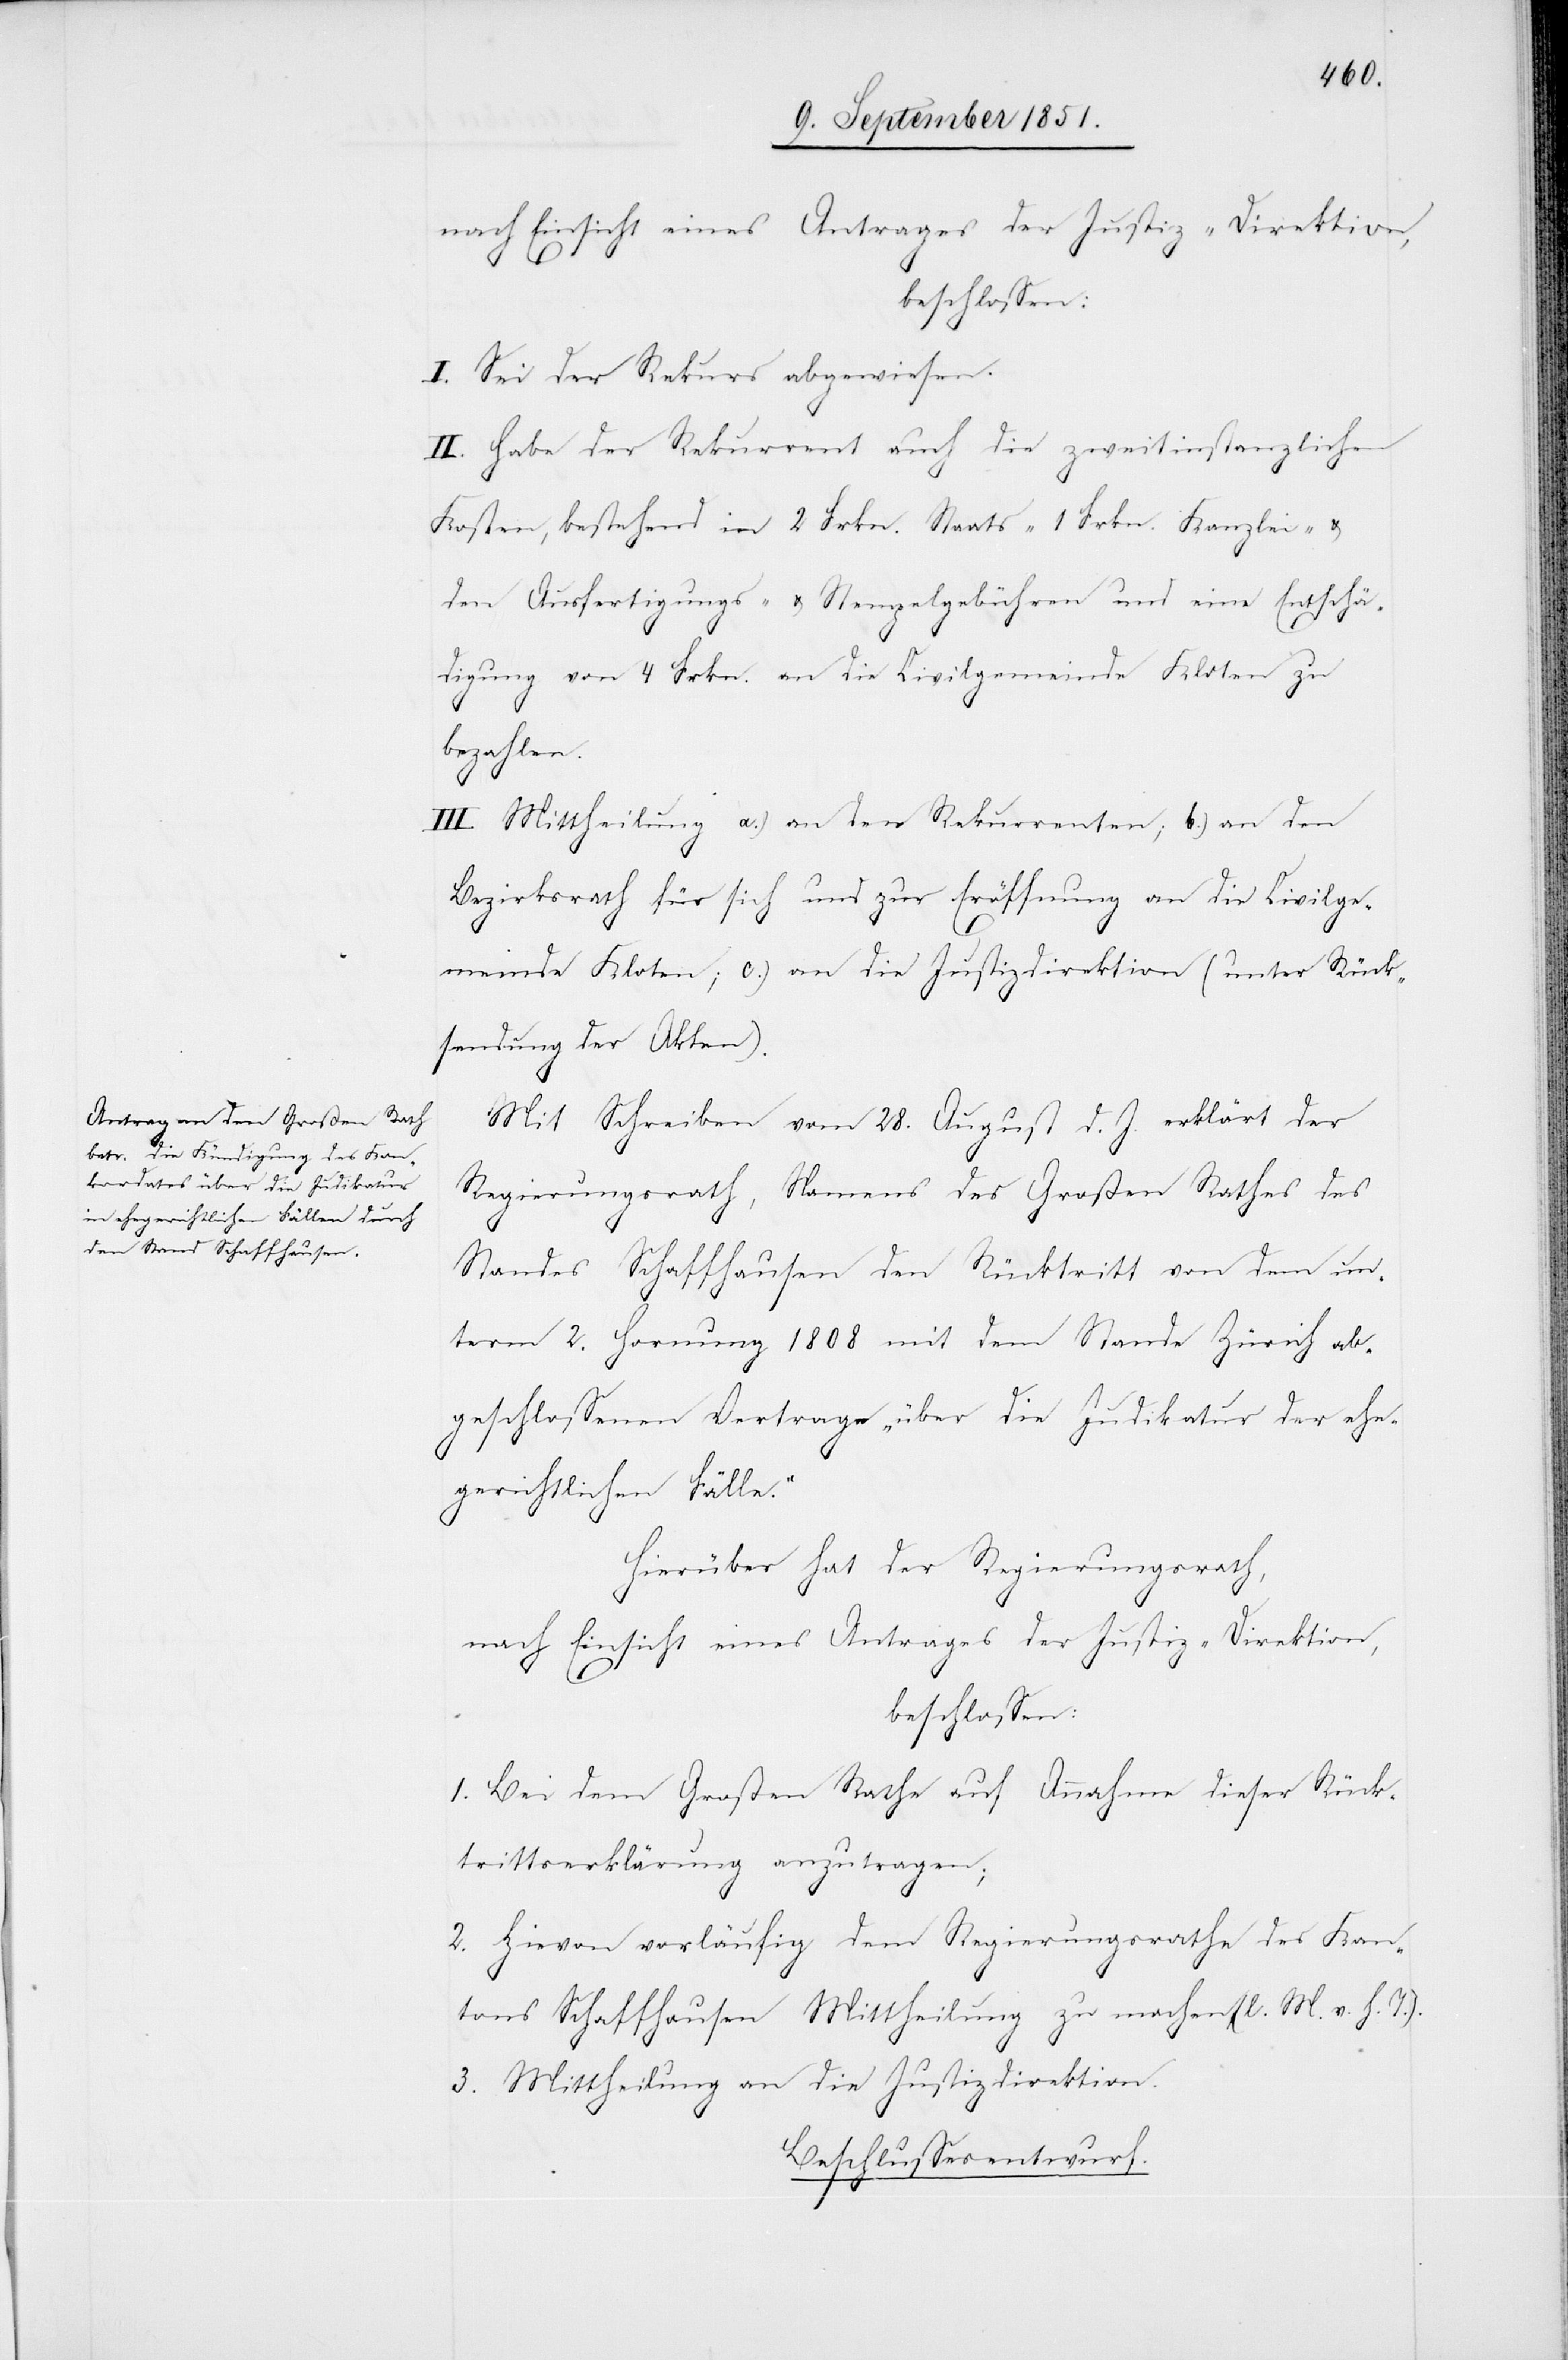
I. Sei der Rekurs abgewiesen.
II. Habe der Rekurrent auch die zweitinstanzlichen
Kosten, bestehend in 2 Frkn. Staats-[,] 1 Frkn. Kanzlei- &
den Ausfertigungs- & Stempelgebühren und eine Entschä¬
digung von 4 Frkn. an die Civilgemeinde Kloten zu
bezahlen.
III. Mittheilung a.) an den Rekurrenten; b.) an den
Bezirksrath für sich und zur Eröffnung an die Civilge¬
meinde Kloten; c.) an die Justizdirektion (unter Rück¬
sendung der Akten).
Mit Schreiben vom 28. August d. J. erklärt der
Regierungsrath, Namens des Großen Rathes des
Standes Schaffhausen den Rücktritt von dem un¬
term 2. Hornung 1808 mit dem Stande Zürich a¬
bgeschlossenen Vertrage „über die Judikatur der ehe¬
gerichtlichen Fälle.“
Hierüber hat der Regierungsrath,
nach Einsicht eines Antrages der Justiz-Direktion,
beschlossen:
1. Bei dem Großen Rathe auf Annahme dieser Rück¬
trittserklärung anzutragen;
2. Hievon vorläufig dem Regierungsrathe des Kan¬
tons Schaffhausen Mittheilung zu machen (l. M. v. h. T.).
3. Mittheilung an die Justizdirektion.
Beschlussesentwurf.